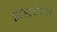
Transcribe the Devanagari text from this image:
प्रल्हादच्या